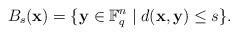
LaTeX: \begin{align*}B_s(\mathbf{x})=\{\mathbf{y} \in \mathbb{F}_q^n \mid d(\mathbf{x},\mathbf{y}) \leq s\}.\end{align*}